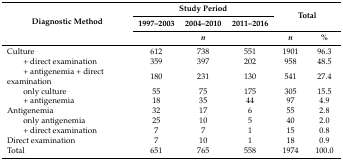
<table><thead><tr><td rowspan="3"><b>Diagnostic Method</b></td><td colspan="3"><b>Study Period</b></td><td rowspan="2" colspan="2"><b>Total</b></td></tr><tr><td><b>1997–2003</b></td><td><b>2004–2010</b></td><td><b>2011–2016</b></td></tr><tr><td colspan="3"><b><i>n</i></b></td><td><b><i>n</i></b></td><td><b>%</b></td></tr></thead><tbody><tr><td>Culture</td><td>612</td><td>738</td><td>551</td><td>1901</td><td>96.3</td></tr><tr><td>+ direct examination</td><td>359</td><td>397</td><td>202</td><td>958</td><td>48.5</td></tr><tr><td>+ antigenemia + direct examination</td><td>180</td><td>231</td><td>130</td><td>541</td><td>27.4</td></tr><tr><td>only culture</td><td>55</td><td>75</td><td>175</td><td>305</td><td>15.5</td></tr><tr><td>+ antigenemia</td><td>18</td><td>35</td><td>44</td><td>97</td><td>4.9</td></tr><tr><td>Antigenemia</td><td>32</td><td>17</td><td>6</td><td>55</td><td>2.8</td></tr><tr><td>only antigenemia</td><td>25</td><td>10</td><td>5</td><td>40</td><td>2.0</td></tr><tr><td>+ direct examination</td><td>7</td><td>7</td><td>1</td><td>15</td><td>0.8</td></tr><tr><td>Direct examination</td><td>7</td><td>10</td><td>1</td><td>18</td><td>0.9</td></tr><tr><td>Total</td><td>651</td><td>765</td><td>558</td><td>1974</td><td>100.0</td></tr></tbody></table>